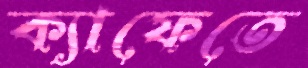
ক্যাফেতে